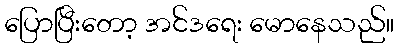
ပြောပြီးတော့ အင်ဒရေး မောနေသည်။